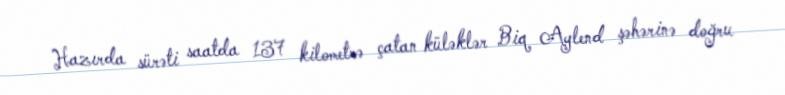
Hazırda sürəti saatda 137 kilometrə çatan küləklər Biq Aylend şəhərinə doğru